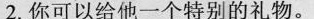
2.你可以给他一个特别的礼物。